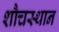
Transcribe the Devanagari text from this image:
शौचस्थान